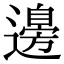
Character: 𮟗